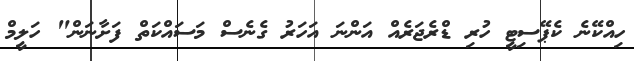
ހިއްކޭނެ ކެޕޭސިޓީ ހުރި ޑްރެޖަރެއް އަންނަ އަހަރު ގެނެސް މަސައްކަތް ފަށާނަން" ހަލީމް